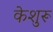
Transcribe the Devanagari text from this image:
केशुरू